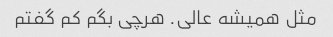
مثل همیشه عالی. هرچی بگم کم گفتم